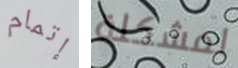
إتمام لمشكلة